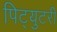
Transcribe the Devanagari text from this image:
पिट्युटरी